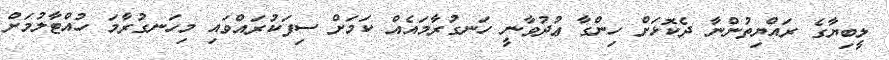
ލީބިޔާގެ ރައްޔިތުންނާ ދެކޮޅަށް ހިންގާ ޢުދުވާނީ ހަނގުރާމައެއް ކަމަށް ސިފަކުރައްވައި މިހަނގުރާމަ ހުއްޓާލުމަށް